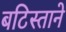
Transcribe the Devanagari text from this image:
बटिस्ताने